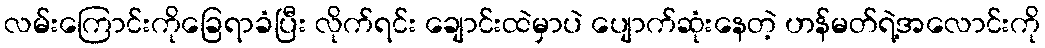
လမ်းကြောင်းကိုခြေရာခံပြီး လိုက်ရင်း ချောင်းထဲမှာပဲ ပျောက်ဆုံးနေတဲ့ ဟန်မတ်ရဲ့အလောင်းကို